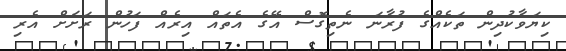
ކިޔަވާކުދިން ތަކެއްގެ ފުރާނަ ނެތިގޮސް އޭގެ އެތައް އިރެއް ފަހުން ރަށަށް އެރި